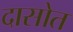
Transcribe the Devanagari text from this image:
दासोत